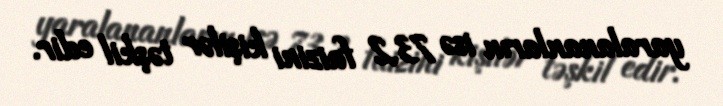
yaralananların isə 73,2 faizini kişilər təşkil edir.